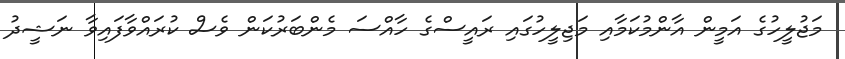
މަޖުލީހުގެ އަމީން އާންމުކަމާއި މަޖިލީހުގައި ރައީސްގެ ހާއްސަ މެންބަރުކަން ވެސް ކުރައްވާފައިވާ ނަޝީދު